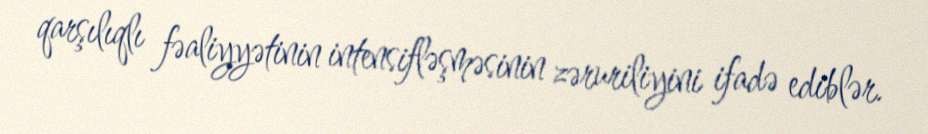
qarşılıqlı fəaliyyətinin intensifləşməsinin zəruriliyini ifadə ediblər.